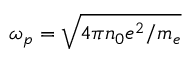
\omega _ { p } = \sqrt { 4 \pi n _ { 0 } e ^ { 2 } / m _ { e } }